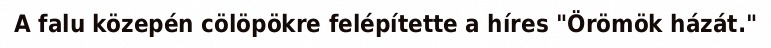
A falu közepén cölöpökre felépítette a híres "Örömök házát."